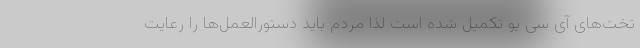
تخت‌های آی سی یو تکمیل شده است لذا مردم باید دستورالعمل‌ها را رعایت